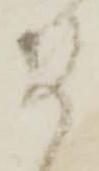
ま